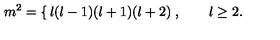
m ^ { 2 } = \left\{ \begin{matrix} { l ( l - 1 ) } \\ { ( l + 1 ) ( l + 2 ) } \\ \end{matrix} \right. , \qquad l \ge 2 .